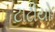
ટાઢીયો